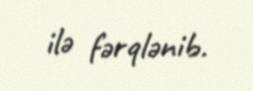
ilə fərqlənib.